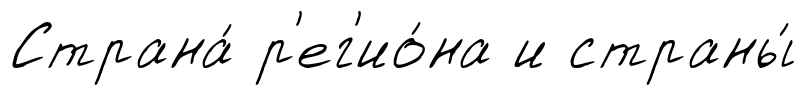
Страна́ р'ег'ио́на и страны́